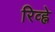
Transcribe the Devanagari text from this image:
रिव्ह्ने